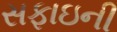
સફાઇની